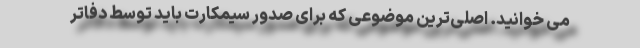
می خوانید. اصلی‌ترین موضوعی که برای صدور سیمکارت باید توسط دفاتر